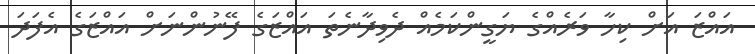
އައްޒަ އަށް ކިހާ ވަރެއްގެ ޔަގީންކަމެއް ދެވިދާނެތަ އައްޒަގެ ފޭނުންނަށް އައްޒަގެ އެފަދަ